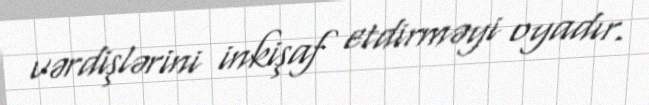
vərdişlərini inkişaf etdirməyi oyadır.